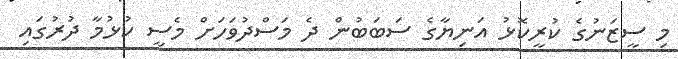
މި ސީޒަނުގެ ކުރީކޮޅު އަނިޔާގެ ސަބަބުން ދެ މަސްދުވަހަށް މެސީ ކުޅުމާ ދުރުގައި